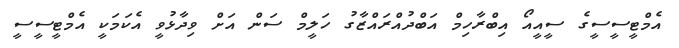
އެމްޓީސީސީގެ ސީއީއޯ އިބްރާހިމް އަބްދުއްރައްޒާގު ހަލީމް ސަން އަށް ވިދާޅުވީ އެކަމަކީ އެމްޓީސީސީ